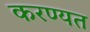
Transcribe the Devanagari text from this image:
करण्यत